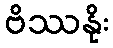
ဗိဿနိုး